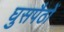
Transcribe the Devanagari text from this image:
घुसपैठों